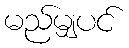
မည်မျှပင်